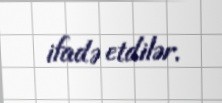
ifadə etdilər.